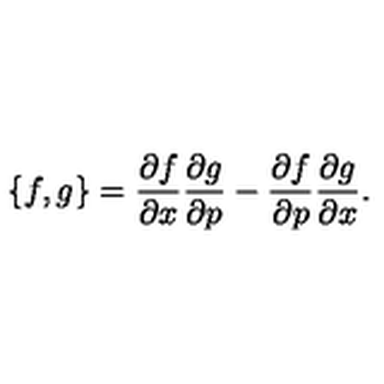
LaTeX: \{ f , g \} = \frac { \partial f } { \partial x } \frac { \partial g } { \partial p } - \frac { \partial f } { \partial p } \frac { \partial g } { \partial x } .